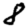
Digit: 8